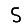
Digit: 5